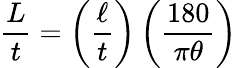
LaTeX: {\frac{L}{t}}=\left({\frac{\ell}{t}}\right)\left({\frac{180}{\pi\theta}}\right)